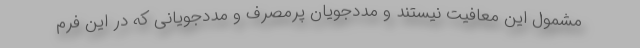
مشمول این معافیت نیستند و مددجویان پرمصرف و مددجویانی که در این فرم